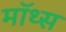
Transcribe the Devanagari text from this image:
मॉथ्स